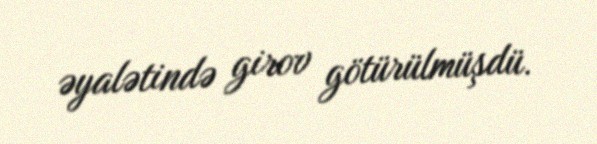
əyalətində girov götürülmüşdü.